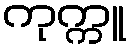
ကုက္ကူ